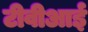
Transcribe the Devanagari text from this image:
टीवीआई